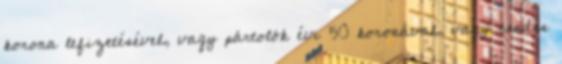
korona lefizetésével, vagy pártolók évi 50 koronával, vagy rendes